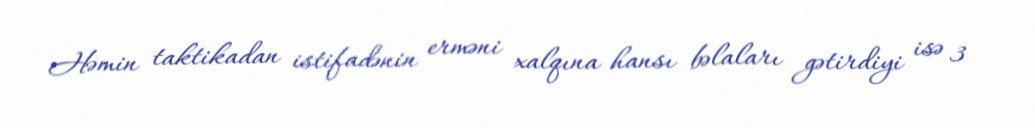
Həmin taktikadan istifadənin erməni xalqına hansı bəlaları gətirdiyi isə 3